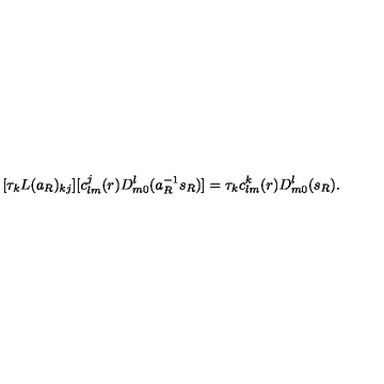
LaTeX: [ \tau _ { k } L ( a _ { R } ) _ { k j } ] [ c _ { l m } ^ { j } ( r ) D _ { m 0 } ^ { l } ( a _ { R } ^ { - 1 } s _ { R } ) ] = \tau _ { k } c _ { l m } ^ { k } ( r ) D _ { m 0 } ^ { l } ( s _ { R } ) .